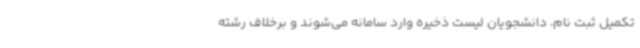
تکمیل ثبت نام، دانشجویان لیست ذخیره وارد سامانه می‌شوند و برخلاف رشته